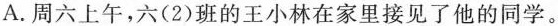
A. 周六上午，六(2)班的王小林在家里\underline{接见} 了他的同学。